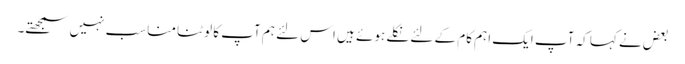
بعض نے کہا کہ آپ ایک اہم کام کے لئے نکلے ہوئے ہیں اس لئے ہم آپ کا لوٹنا مناسب نہیں سمجھتے۔